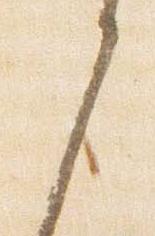
之